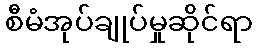
စီမံအုပ်ချုပ်မှုဆိုင်ရာ